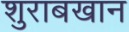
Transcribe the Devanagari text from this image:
शुराबखान